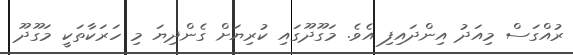
ރުއްގަަސް މިއަދު އިންދައިފި އެވެ. މަގޫދޫގައި ކުރިޔަށް ގެންދިޔަ މި ހަރަކާތަކީ މަގޫދޫ